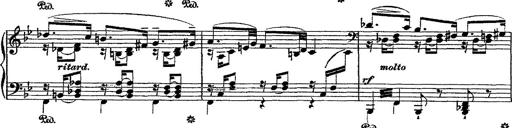
Title: Fantaisie romantique sur deux mÃ©lodies suisses
Composer: Franz Liszt